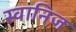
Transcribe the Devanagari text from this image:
स्वानिज